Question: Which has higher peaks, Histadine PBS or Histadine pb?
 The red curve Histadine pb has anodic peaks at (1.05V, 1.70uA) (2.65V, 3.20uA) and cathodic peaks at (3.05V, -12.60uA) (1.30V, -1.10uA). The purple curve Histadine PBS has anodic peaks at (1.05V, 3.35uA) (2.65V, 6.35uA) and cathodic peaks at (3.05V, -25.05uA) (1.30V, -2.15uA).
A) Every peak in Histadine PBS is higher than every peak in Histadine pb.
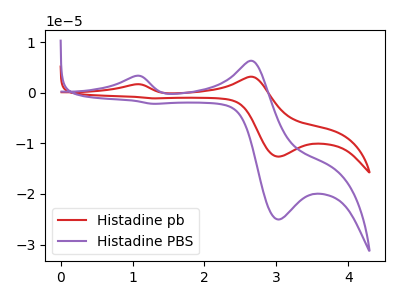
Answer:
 <answer>A) Every peak in "Histadine PBS" is higher than every peak in "Histadine pb".</answer>
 <eval>A</eval>